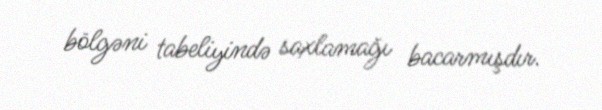
bölgəni tabeliyində saxlamağı bacarmışdır.